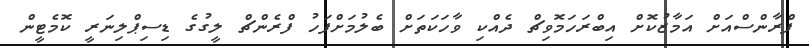
ފްރާންސްއަށް އަމާޒުކޮށް އިބްރަހަމޮވިޗް ދެއްކި ވާހަކަތަށް ބެލުމަށްފަހު ފްރެންޗް ލީގުގެ ޑިސިޕްލިނަރީ ކޮމެޓީން